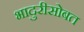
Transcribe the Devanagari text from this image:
भादुरीसोबत